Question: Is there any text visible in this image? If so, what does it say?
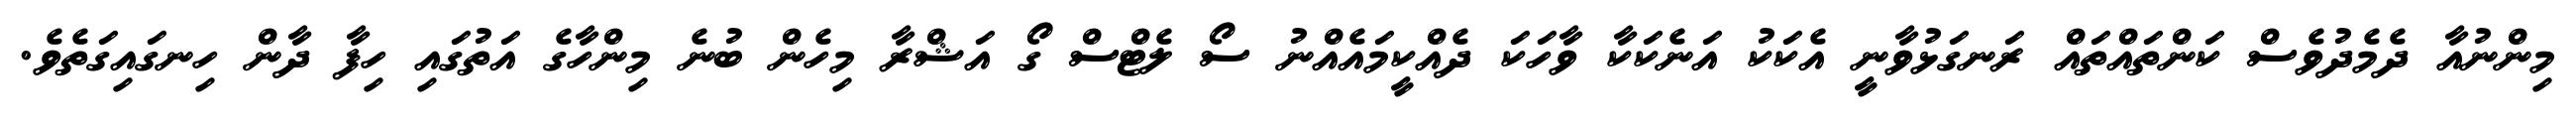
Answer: މިންނުއާ ދެމެދުވެސް ކަންތައްތައް ރަނގަޅުވާނީ އެކަކު އަނެކަކާ ވާހަކަ ދެއްކީމައެއްނު ސޯ ލެޓްސް ގޯ އަޝްރާ މިހެން ބުނެ މިންހާގެ އަތުގައި ހިފާ ދާން ހިނގައިގަތެވެ.